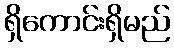
ရှိကောင်းရှိမည်